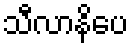
သီလာနိပေ